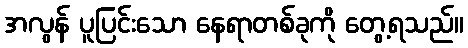
အလွန် ပူပြင်းသော နေရာတစ်ခုကို တွေ့ရသည်။